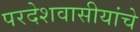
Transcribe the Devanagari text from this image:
परदेशवासीयांचे